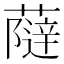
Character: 𧀕